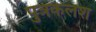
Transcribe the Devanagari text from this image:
पुत्रकलश